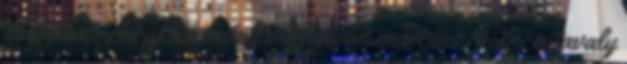
alakítani. Az új kormány várhatóan március 14-én, a tavaly